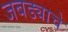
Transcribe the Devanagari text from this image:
जबड्याचे